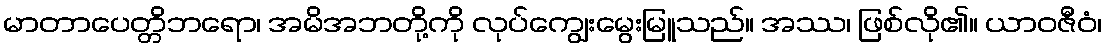
မာတာပေတ္တိဘရော၊ အမိအဘတို့ကို လုပ်ကျွေးမွေးမြူသည်။ အဿ၊ ဖြစ်လို၏။ ယာဝဇီဝံ၊